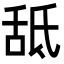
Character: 䑛